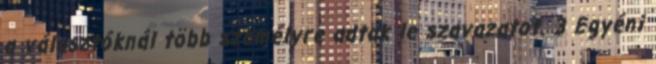
a választóknál több személyre adtak le szavazatot. 3 Egyéni